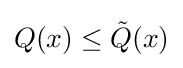
Q(x)\leq {\tilde {Q}}(x)